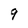
Character: 9